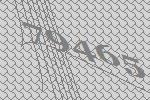
79465